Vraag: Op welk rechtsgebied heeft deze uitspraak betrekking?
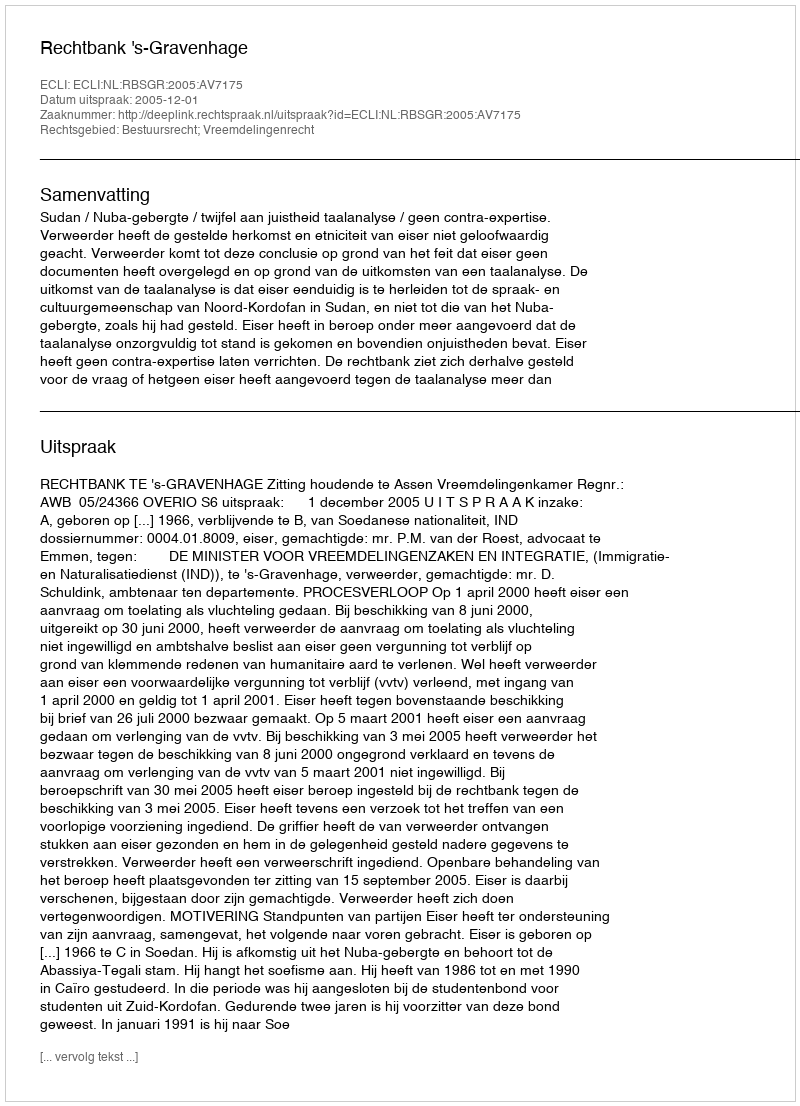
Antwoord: Bestuursrecht; Vreemdelingenrecht